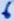
Text: 6